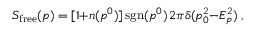
S _ { \mathrm { f r e e } } ( p ) = [ 1 { + } n ( p ^ { 0 } ) ] \, \mathrm { s g n } ( p ^ { 0 } ) \, 2 \pi \delta ( p _ { 0 } ^ { 2 } { - } E _ { p } ^ { 2 } ) \; ,